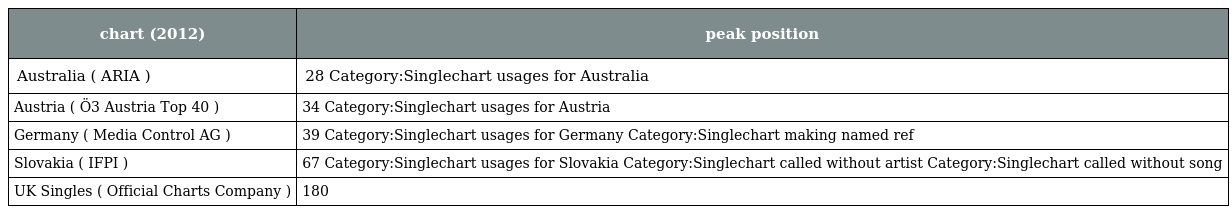
| chart (2012) | peak position |
 | --- | --- |
 | Australia ( ARIA ) | 28 Category:Singlechart usages for Australia |
 | Austria ( Ö3 Austria Top 40 ) | 34 Category:Singlechart usages for Austria |
 | Germany ( Media Control AG ) | 39 Category:Singlechart usages for Germany Category:Singlechart making named ref |
 | Slovakia ( IFPI ) | 67 Category:Singlechart usages for Slovakia Category:Singlechart called without artist Category:Singlechart called without song |
 | UK Singles ( Official Charts Company ) | 180 |